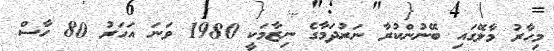
މިހާރު މާލޭގައި ބޭނުންކުރާ ނަރުދަމާގެ ނިޒާމަކީ 1980 ވަނަ އަހަރު 80 ހާސް